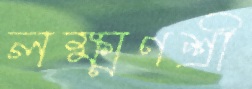
লক্ষ্মণশ্রী